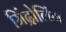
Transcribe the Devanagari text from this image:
मिंद्रोलिंग